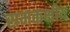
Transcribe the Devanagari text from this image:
समकक्षीय